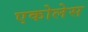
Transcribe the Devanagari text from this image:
एकोलेस